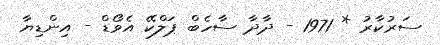
ސަރުކާރު * 1971 - ދާދާ ސާހެބް ޕަލްކޭ އެވޯޑް - އިންޑިޔާ